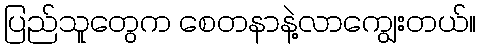
ပြည်သူတွေက စေတနာနဲ့လာကျွေးတယ်။